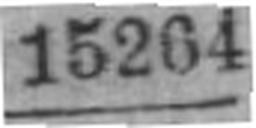
15264